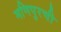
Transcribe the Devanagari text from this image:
मणिपुरची